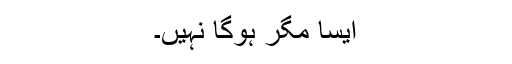
ایسا مگر ہوگا نہیں۔